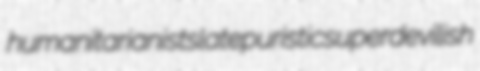
humanitarianist slate puristic superdevilish